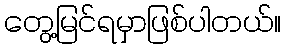
တွေ့မြင်ရမှာဖြစ်ပါတယ်။